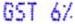
GST 6%